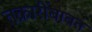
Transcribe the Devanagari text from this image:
तक्रारींबाबत